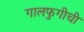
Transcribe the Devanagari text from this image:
गालफुगीची